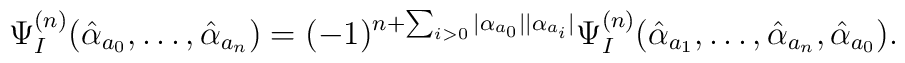
\Psi_I^{(n)}(\hat\alpha_{a_0}, \ldots, \hat\alpha_{a_n})   = (-1)^{n+\sum_{i>0}|\alpha_{a_0}||\alpha_{a_i}|}\Psi_I^{(n)}(\hat\alpha_{a_1}, \ldots, \hat\alpha_{a_n},\hat\alpha_{a_0}).